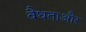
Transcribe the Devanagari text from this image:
वैधताऔर